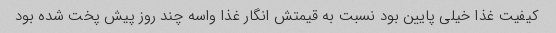
کیفیت غذا خیلی پایین بود نسبت به قیمتش انگار غذا واسه چند روز پیش پخت شده بود